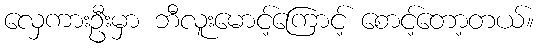
လှေကားဦးမှာ ဘီလူးမောင့်ကြောင့် စောင့်တော့တယ်။